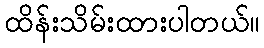
ထိန်းသိမ်းထားပါတယ်။